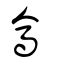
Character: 𤎭